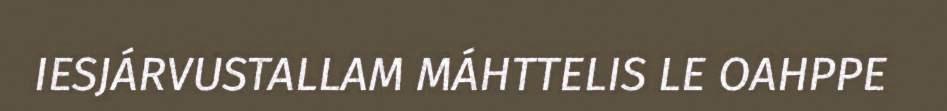
IESJÁRVUSTALLAM MÁHTTELIS LE OAHPPE